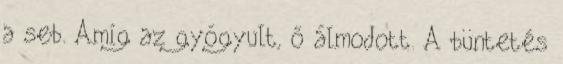
a seb. Amíg az gyógyult, ő álmodott. A büntetés